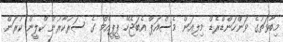
މިބާވަތުގެ ވަންހަންޑްރެޑް މިލިއަން މެސްއަޕް އެބަޖެހޭ ޕީޕީއެމް ގެ ސަރުކާރުން ކްލީން ކުރަން.